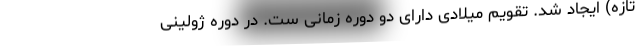
تازه) ایجاد شد. تقویم میلادی دارای دو دورهٔ زمانی ست. در دورهٔ ژولینی